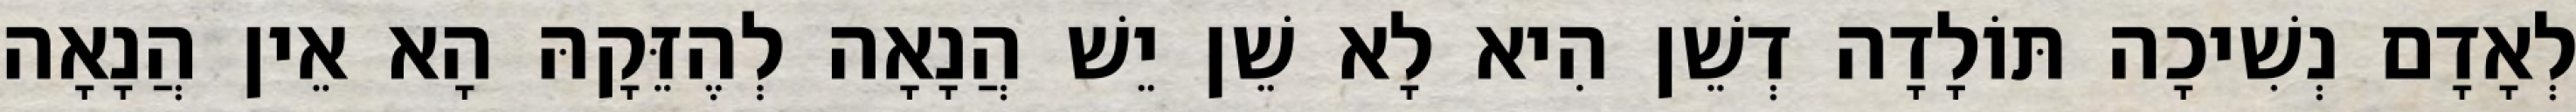
לְאָדָם נְשִׁיכָה תּוֹלָדָה דְשֵׁן הִיא לָא שֵׁן יֵשׁ הֲנָאָה לְהֶזֵּקָהּ הָא אֵין הֲנָאָה